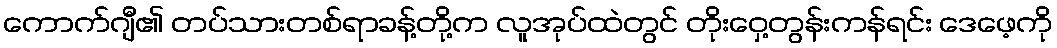
ကောက်ဂျီ၏ တပ်သားတစ်ရာခန့်တို့က လူအုပ်ထဲတွင် တိုးဝှေ့တွန်းကန်ရင်း ဒေဖေ့ကို